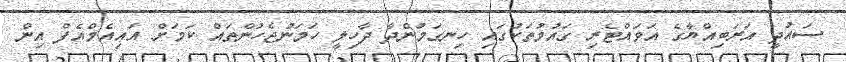
ސައުދީ އަރަބިއްޔާގެ އަވައްޓެރި ގައުމުތަކުގައި ހިނގަމުންދާ ދާހިލީ ހަމަނުޖެހުންތައް ކަމަށް އައިއެމްއެފް އިން